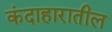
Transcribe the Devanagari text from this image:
कंदाहारातील